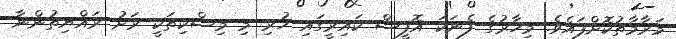
މަރާމާތުކޮށްފައެވެ. މިހާރުގެ ފެނަކަ އޮފީސް ކައިރީގައި ހުރި މި މިސްކިތަކީ ރަށު ރައްޔިތުންނާ